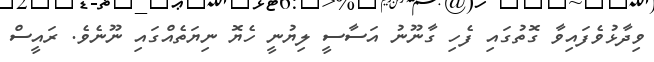
ވިދާޅުވެފައިވާ ގޮތުގައި ފެހި ގާނޫނު އަސާސީ ލިޔުނީ ހެޔޮ ނިޔަތެއްގައި ނޫނެވެ. ރައީސް